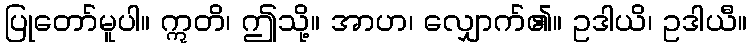
ပြုတော်မူပါ။ ဣတိ၊ ဤသို့။ အာဟ၊ လျှောက်၏။ ဥဒါယိ၊ ဥဒါယီ။